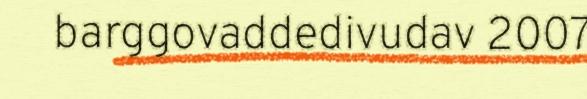
barggovaddedivudav 2007